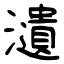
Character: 瀢